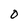
Character: O